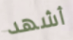
أشهد